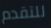
للتقدم